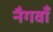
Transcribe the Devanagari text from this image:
नैगवाँ